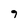
Character: 9